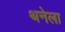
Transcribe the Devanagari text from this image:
थनेला